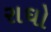
રાઘો